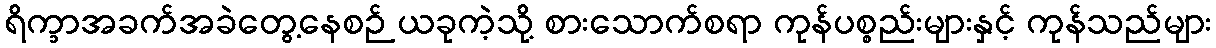
ရိက္ခာအခက်အခဲတွေ့နေစဉ် ယခုကဲ့သို့ စားသောက်စရာ ကုန်ပစ္စည်းများနှင့် ကုန်သည်များ